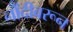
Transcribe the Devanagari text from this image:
नोंदीवरून